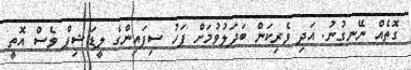
ގޮތެއް ނޭނގުނު. އަދި ވެރިކަން ބަދަލުވުމަށް ފަހު ސިފައިންގެ ލީޑަޝިޕް ވެސް އޮތީ